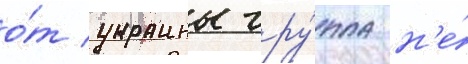
о́т украины гру́ппа н'е́